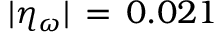
| \eta _ { \omega } | \, = \, 0 . 0 2 1